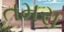
તમરા